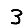
Digit: 3